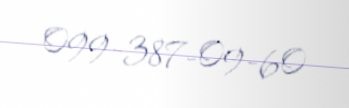
099-387-09-60